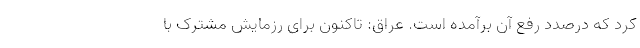
کرد که درصدد رفع آن برآمده است. عراق: تاکنون برای رزمایش مشترک با